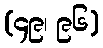
(၄၉၊ ၉၆)